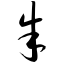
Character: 朱